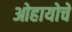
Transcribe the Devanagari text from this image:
ओहायोचे